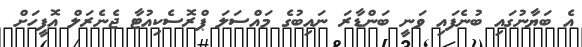
އެ ބަޔާނުގައި ބުނެފައި ވަނީ ބަންޑާރަ ނައިބުގެ މައްސަލަ ޕްރޮސެކިއުޓާ ޖެނެރަލް އޮފީހަށް